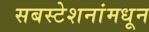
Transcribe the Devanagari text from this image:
सबस्टेशनांमधून